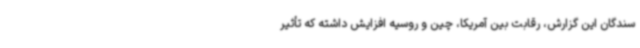
سندگان این گزارش، رقابت بین آمریکا، چین و روسیه افزایش داشته که تأثیر